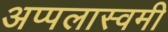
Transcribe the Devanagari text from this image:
अप्पलास्वमी